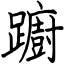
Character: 躕